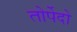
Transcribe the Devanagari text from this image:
तोर्पेदो